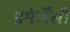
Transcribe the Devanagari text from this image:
इमेर्जेंसी